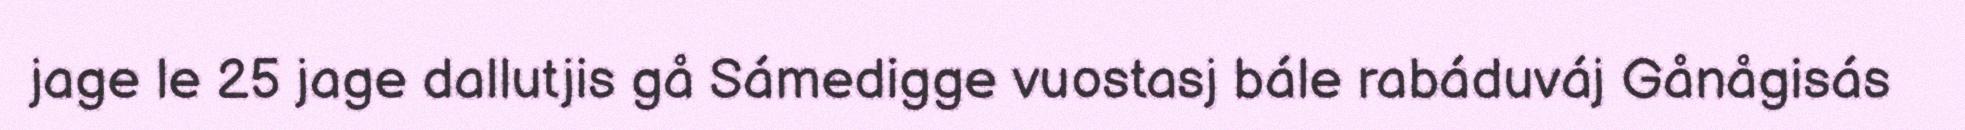
jage le 25 jage dallutjis gå Sámedigge vuostasj bále rabáduváj Gånågisás